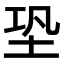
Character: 𡊼